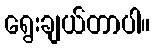
ရွေးချယ်တာပါ။